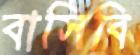
বাসিবি